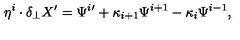
\eta ^ { i } \cdot \delta _ { \perp } X ^ { \prime } = \Psi ^ { i } { } ^ { \prime } + \kappa _ { i + 1 } \Psi ^ { i + 1 } - \kappa _ { i } \Psi ^ { i - 1 } ,